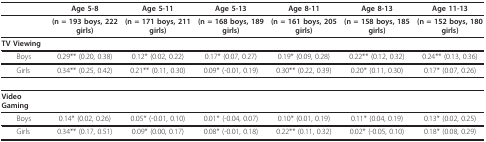
<table><thead><tr><td></td><td><b>Age 5-8</b></td><td><b>Age 5-11</b></td><td><b>Age 5-13</b></td><td><b>Age 8-11</b></td><td><b>Age 8-13</b></td><td><b>Age 11-13</b></td></tr></thead><tbody><tr><td></td><td><b>(n = 193 boys, 222 girls)</b></td><td><b>(n = 171 boys, 211 girls)</b></td><td><b>(n = 168 boys, 189 girls)</b></td><td><b>(n = 161 boys, 205 girls)</b></td><td><b>(n = 158 boys, 185 girls)</b></td><td><b>(n = 152 boys, 180 girls)</b></td></tr><tr><td><b>TV Viewing</b></td><td></td><td></td><td></td><td></td><td></td><td></td></tr><tr><td> Boys</td><td>0.29** (0.20, 0.38)</td><td>0.12* (0.02, 0.22)</td><td>0.17* (0.07, 0.27)</td><td>0.19* (0.09, 0.28)</td><td>0.22** (0.12, 0.32)</td><td>0.24** (0.13, 0.36)</td></tr><tr><td> Girls</td><td>0.34** (0.25, 0.42)</td><td>0.21** (0.11, 0.30)</td><td>0.09* (-0.01, 0.19)</td><td>0.30** (0.22, 0.39)</td><td>0.20* (0.11, 0.30)</td><td>0.17* (0.07, 0.26)</td></tr><tr><td><b>Video Gaming</b></td><td></td><td></td><td></td><td></td><td></td><td></td></tr><tr><td> Boys</td><td>0.14* (0.02, 0.26)</td><td>0.05* (-0.01, 0.10)</td><td>0.01* (-0.04, 0.07)</td><td>0.10* (0.01, 0.19)</td><td>0.11* (0.04, 0.19)</td><td>0.13* (0.02, 0.25)</td></tr><tr><td> Girls</td><td>0.34** (0.17, 0.51)</td><td>0.09* (0.00, 0.17)</td><td>0.08* (-0.01, 0.18)</td><td>0.22** (0.11, 0.32)</td><td>0.02* (-0.05, 0.10)</td><td>0.18* (0.08, 0.29)</td></tr></tbody></table>